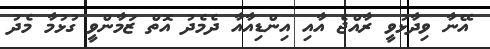
އޭނާ ވިދާޅުވީ ރާއްޖެ އާއި އިންޑިއާއާ ދެމެދު އޮތް ޒަމާންވީ ގުޅުމާ މެދު